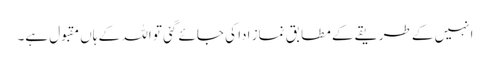
انہیں کے طریقے کے مطابق نماز ادا کی جائے گئی تو اللہ کے ہاں مقبول ہے۔